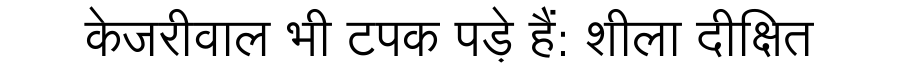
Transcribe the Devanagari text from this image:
केजरीवाल भी टपक पड़े हैं: शीला दीक्षित